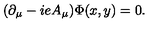
( \partial _ { \mu } - i e A _ { \mu } ) \Phi ( x , y ) = 0 .